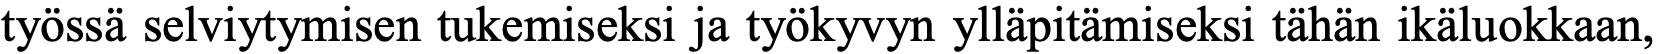
työssä selviytymisen tukemiseksi ja työkyvyn ylläpitämiseksi tähän ikäluokkaan,